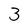
Character: 3